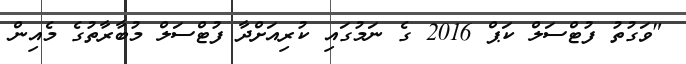
"ވަގުތު ފުޓްސަލް ކަޕް 2016 ގެ ނަމުގައި ކުރިއަށްދާ ފުޓްސަލް މުބާރާތުގެ މެއިން